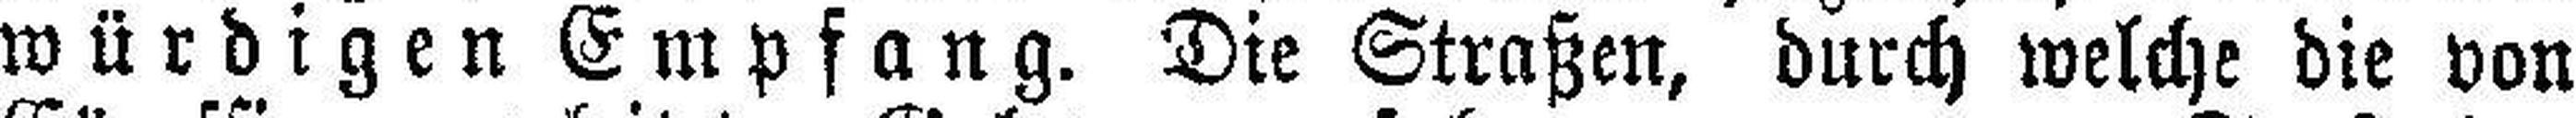
würdigen Empfang. Die Straßen, durch welche die von